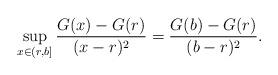
LaTeX: \begin{align*} \sup_{x \in (r,b]} \frac{G(x) - G(r)}{(x - r)^2} = \frac{G(b) - G(r)}{(b - r)^2}. \end{align*}